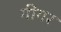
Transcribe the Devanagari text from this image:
गीगर